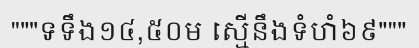
"""ទទឹង១៤,៥០ម ស្មើនឹងទំហំ៦៩"""